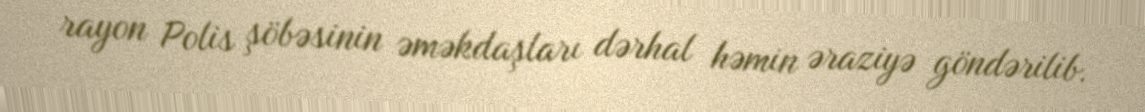
rayon Polis şöbəsinin əməkdaşları dərhal həmin əraziyə göndərilib.